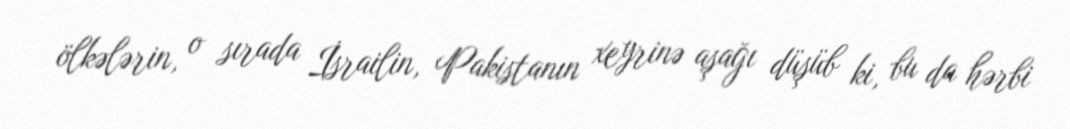
ölkələrin, o sırada İsrailin, Pakistanın xeyrinə aşağı düşüb ki, bu da hərbi